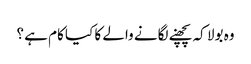
وہ بولا کہ پچھنے لگانے والے کا کیا کام ہے ؟